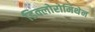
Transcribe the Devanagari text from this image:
डिक्लोरोमिथेन